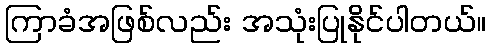
ကြာခံအဖြစ်လည်း အသုံးပြုနိုင်ပါတယ်။